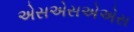
એસએસએએસ